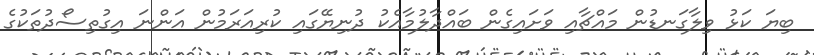
ބިޔަ ކަޅު ވިލާގަނޑުން މައްޗާއި ވަށައިގެން ބައްދާލުމާއެކު ދުނިޔޭގައި ކުރިއަރަމުން އަންނަ އިގުތިސޯދުތަކުގެ